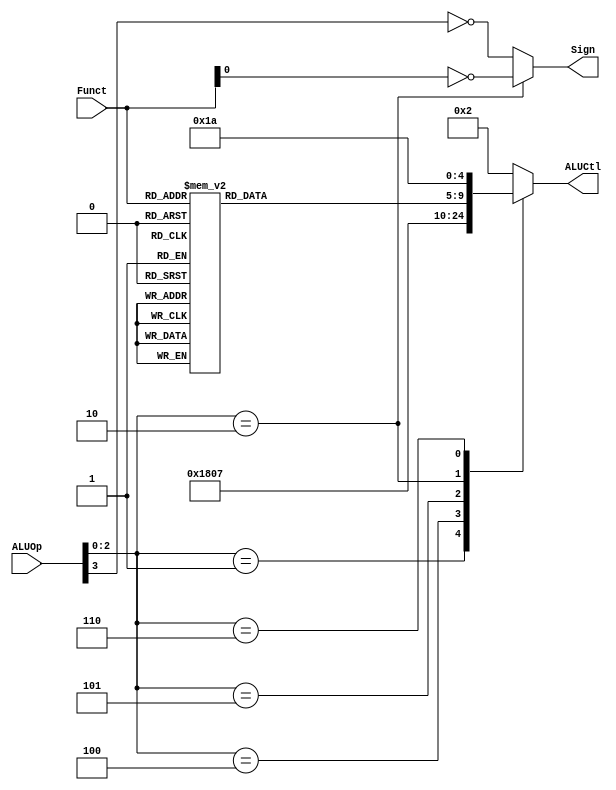

module ALUControl(
        input  [4 -1:0] ALUOp      ,
        input  [6 -1:0] Funct      ,
        output reg [5 -1:0] ALUCtl ,
        output Sign
    );


    // funct number for different operation
    parameter aluAND = 5'b00000;
    parameter aluOR  = 5'b00001;
    parameter aluADD = 5'b00010;
    parameter aluSUB = 5'b00110;
    parameter aluSLT = 5'b00111;
    parameter aluNOR = 5'b01100;
    parameter aluXOR = 5'b01101;
    parameter aluSLL = 5'b10000;
    parameter aluSRL = 5'b11000;
    parameter aluSRA = 5'b11001;
    parameter aluMUL = 5'b11010; //mul

    // Sign means whether the ALU treats the input as a signed number or an unsigned number
    assign Sign = (ALUOp[2:0] == 3'b010)? ~Funct[0]: ~ALUOp[3];

    // set aluFunct
    reg [4:0] aluFunct;
    always @(*)
    case (Funct)
        6'b00_0000:
            aluFunct <= aluSLL;
        6'b00_0010:
            aluFunct <= aluSRL;
        6'b00_0011:
            aluFunct <= aluSRA;
        6'b10_0000:
            aluFunct <= aluADD;
        6'b10_0001:
            aluFunct <= aluADD;
        6'b10_0010:
            aluFunct <= aluSUB;
        6'b10_0011:
            aluFunct <= aluSUB;
        6'b10_0100:
            aluFunct <= aluAND;
        6'b10_0101:
            aluFunct <= aluOR;
        6'b10_0110:
            aluFunct <= aluXOR;
        6'b10_0111:
            aluFunct <= aluNOR;
        6'b10_1010:
            aluFunct <= aluSLT;
        6'b10_1011:
            aluFunct <= aluSLT;
        default:
            aluFunct <= aluADD;
    endcase

    // set ALUCtrl
    always @(*)
    case (ALUOp[2:0])
        3'b000:
            ALUCtl <= aluADD;
        3'b001:
            ALUCtl <= aluSUB;
        3'b100:
            ALUCtl <= aluAND;
        3'b101:
            ALUCtl <= aluSLT;
        3'b010:
            ALUCtl <= aluFunct;
        3'b110:
            ALUCtl <= aluMUL; //mul
        default:
            ALUCtl <= aluADD;
    endcase


endmodule